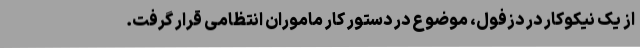
از یک نیکوکار در دزفول، موضوع در دستور کار ماموران انتظامی قرار گرفت.